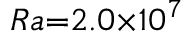
R a { = } 2 . 0 { \times } 1 0 ^ { 7 }